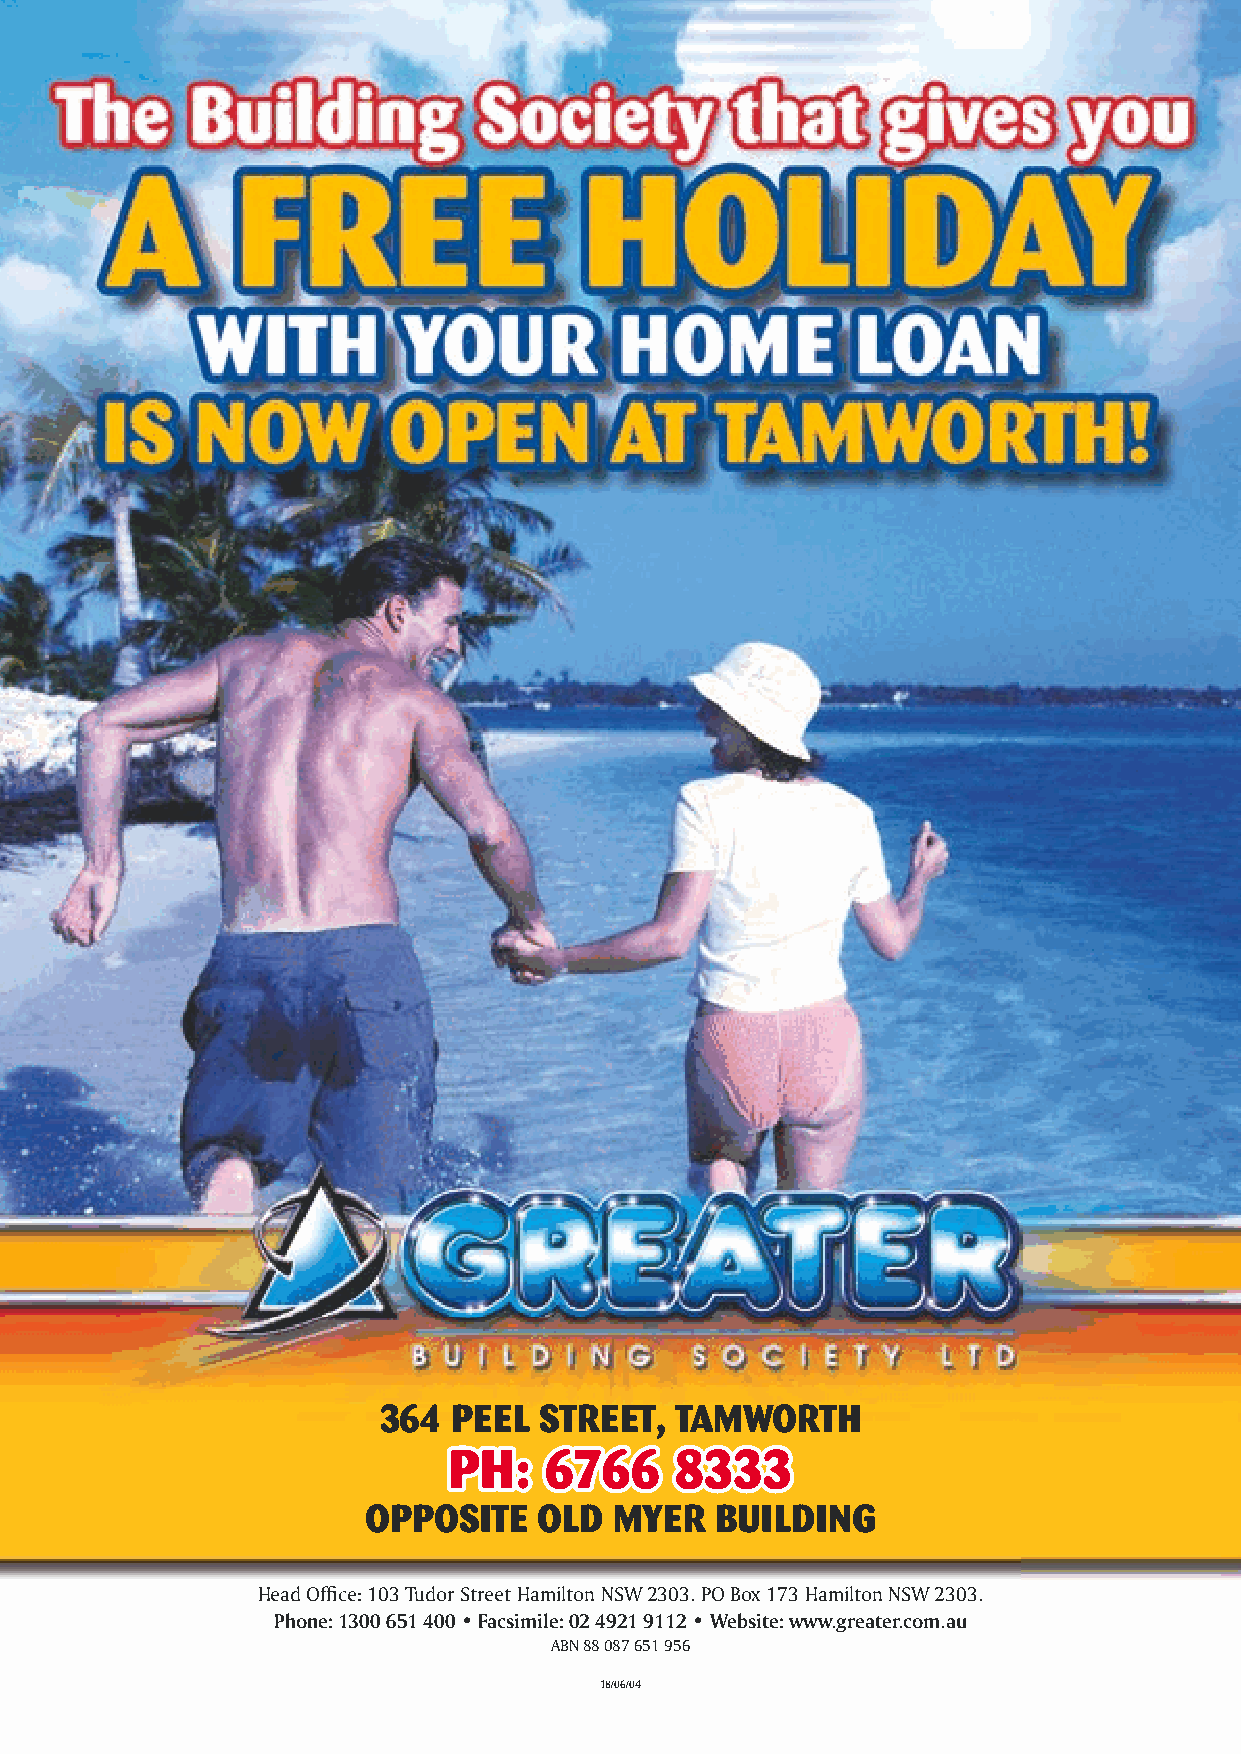
364  PEEL  STREET,  TAMWORTH
 PH:   6766     8333
 OPPOSITE    OLD  MYER  BUILDING
 Head Offi ce: 103 Tudor Street Hamilton NSW 2303. PO Box 173 Hamilton NSW 2303.
 Phone: 1300 651 400 • Facsimile: 02 4921 9112 • Website: www.greater.com.au
 ABN 88 087 651 956
 18/06/04
 8.